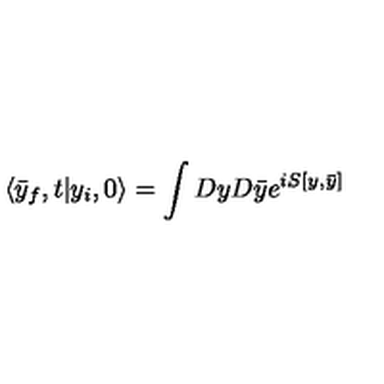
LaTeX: \langle \bar { y } _ { f } , t | y _ { i } , 0 \rangle = \int D y D \bar { y } e ^ { i S [ y , \bar { y } ] }